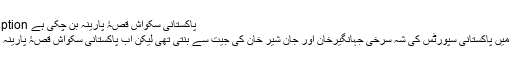
Image caption پاکستانی سکواش قصۂ پارینہ بن چکی ہے
کسی زمانے میں پاکستانی سپورٹس کی شہ سرخی جہانگیرخان اور جان شیر خان کی جیت سے بنتی تھی لیکن اب پاکستانی سکواش قصۂ پارینہ بن چکی ہے۔